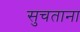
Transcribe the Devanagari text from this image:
सुचताना